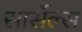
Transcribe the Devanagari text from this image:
सार्सेल्स